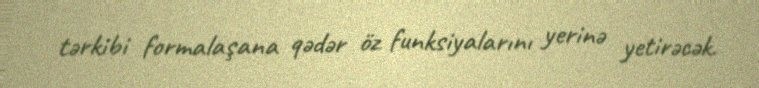
tərkibi formalaşana qədər öz funksiyalarını yerinə yetirəcək.